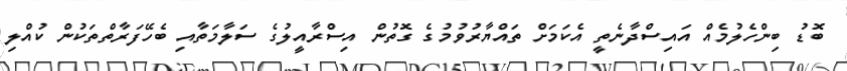
ބޮޑު ބިންހެލުމެއް އައިސްދާނެތީ އެކަމަށް ތައްޔާރުވުމުގެ ގޮތުން އިސްރާއީލުގެ ސަލާމަތާއި ބެހޭފަރާތްތަކުން ކުއްލި